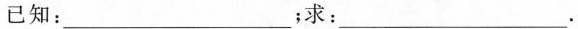
已知：__；求：─__。